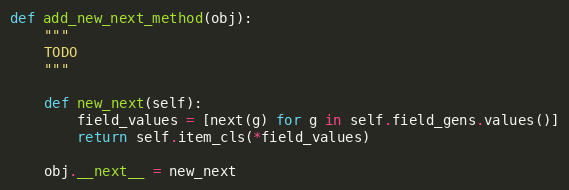
Language: Python
def add_new_next_method(obj):
    """
    TODO
    """

    def new_next(self):
        field_values = [next(g) for g in self.field_gens.values()]
        return self.item_cls(*field_values)

    obj.__next__ = new_next